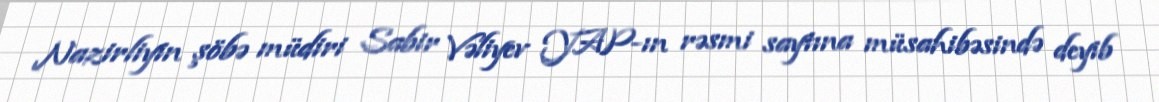
Nazirliyin şöbə müdiri Sabir Vəliyev YAP-ın rəsmi saytına müsahibəsində deyib